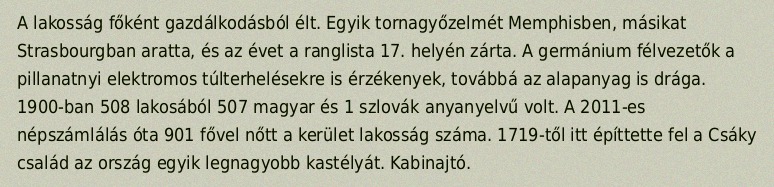
A lakosság főként gazdálkodásból élt. Egyik tornagyőzelmét Memphisben, másikat Strasbourgban aratta, és az évet a ranglista 17. helyén zárta. A germánium félvezetők a pillanatnyi elektromos túlterhelésekre is érzékenyek, továbbá az alapanyag is drága. 1900-ban 508 lakosából 507 magyar és 1 szlovák anyanyelvű volt. A 2011-es népszámlálás óta 901 fővel nőtt a kerület lakosság száma. 1719-től itt építtette fel a Csáky család az ország egyik legnagyobb kastélyát. Kabinajtó.